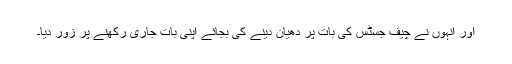
اور انہوں نے چیف جسٹس کی بات پر دھیان دینے کی بجائے اپنی بات جاری رکھنے پر زور دیا۔